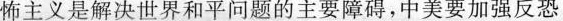
怖主义是解决世界和平问题的主要障碍，中美要加强反恐